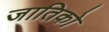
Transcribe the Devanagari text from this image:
जातिको